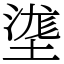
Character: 㙙